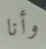
وأنا